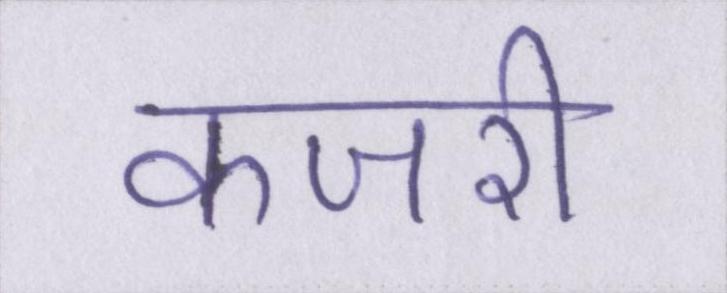
कजरी